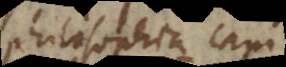
philosophia capi